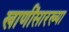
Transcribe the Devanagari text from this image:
खाणींसारख्या